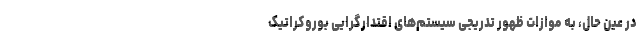
در عین حال، به موازاتِ ظهورِ تدریجی سیستم­های اقتدارگرایی بوروکراتیک